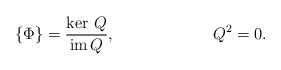
\begin{align*}\{\Phi\} = \frac{\ker \, Q}{ {\hbox{\rm im}}\,Q},\qquad\qquad\qquad Q^2=0.\end{align*}